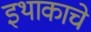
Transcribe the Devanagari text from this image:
इथाकाचे